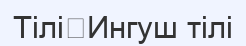
Тілі	Ингуш тілі